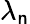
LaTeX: \lambda_{\mathsf{n}}